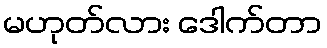
မဟုတ်လား ဒေါက်တာ